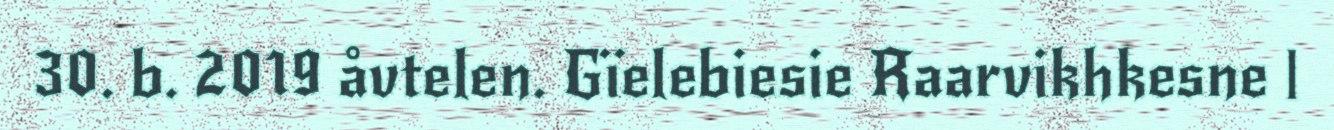
30. b. 2019 åvtelen. Gïelebiesie Raarvikhkesne |